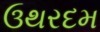
ઉથરદમ